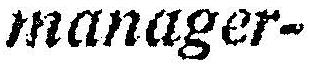
MANAGER-